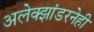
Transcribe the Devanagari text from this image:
अलेक्झांडरनेही